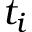
t _ { i }